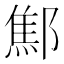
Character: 𨝱